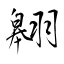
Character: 翱